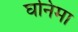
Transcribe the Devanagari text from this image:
घनिमा